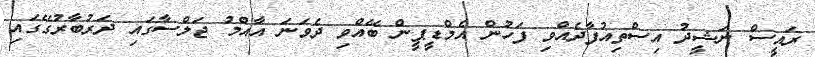
ރައީސް ނަޝީދު އިސްތިއުފާދެއްވި ފަހުން އެމްޑީޕީން ބޭއްވި ދެވަނަ އާއްމު ޖަލްސާގައި ދަރުބާރުގޭގައި